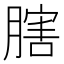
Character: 𦟈